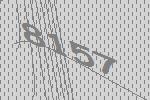
8157